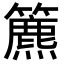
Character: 𥶔